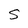
Character: S